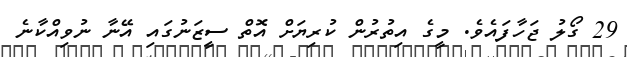
29 ގޯލު ޖަހާފައެވެ. މީގެ އިތުރުން ކުރިޔަށް އޮތް ސީޒަނުގައި އޭނާ ނުވިއްކާނެ